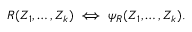
R ( Z _ { 1 } , \dots , Z _ { k } ) \iff \psi _ { R } ( Z _ { 1 } , \dots , Z _ { k } ) .